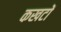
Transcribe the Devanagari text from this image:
कखटों